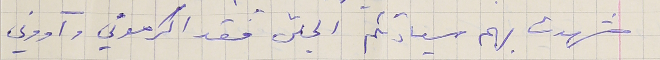
شهدت بهم سيادتكم الجلّى فقد اكرموني وآووني